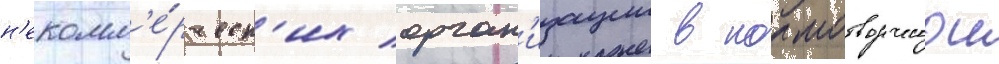
н'екомм'е́рческ'их орган'изации в нормотворческои